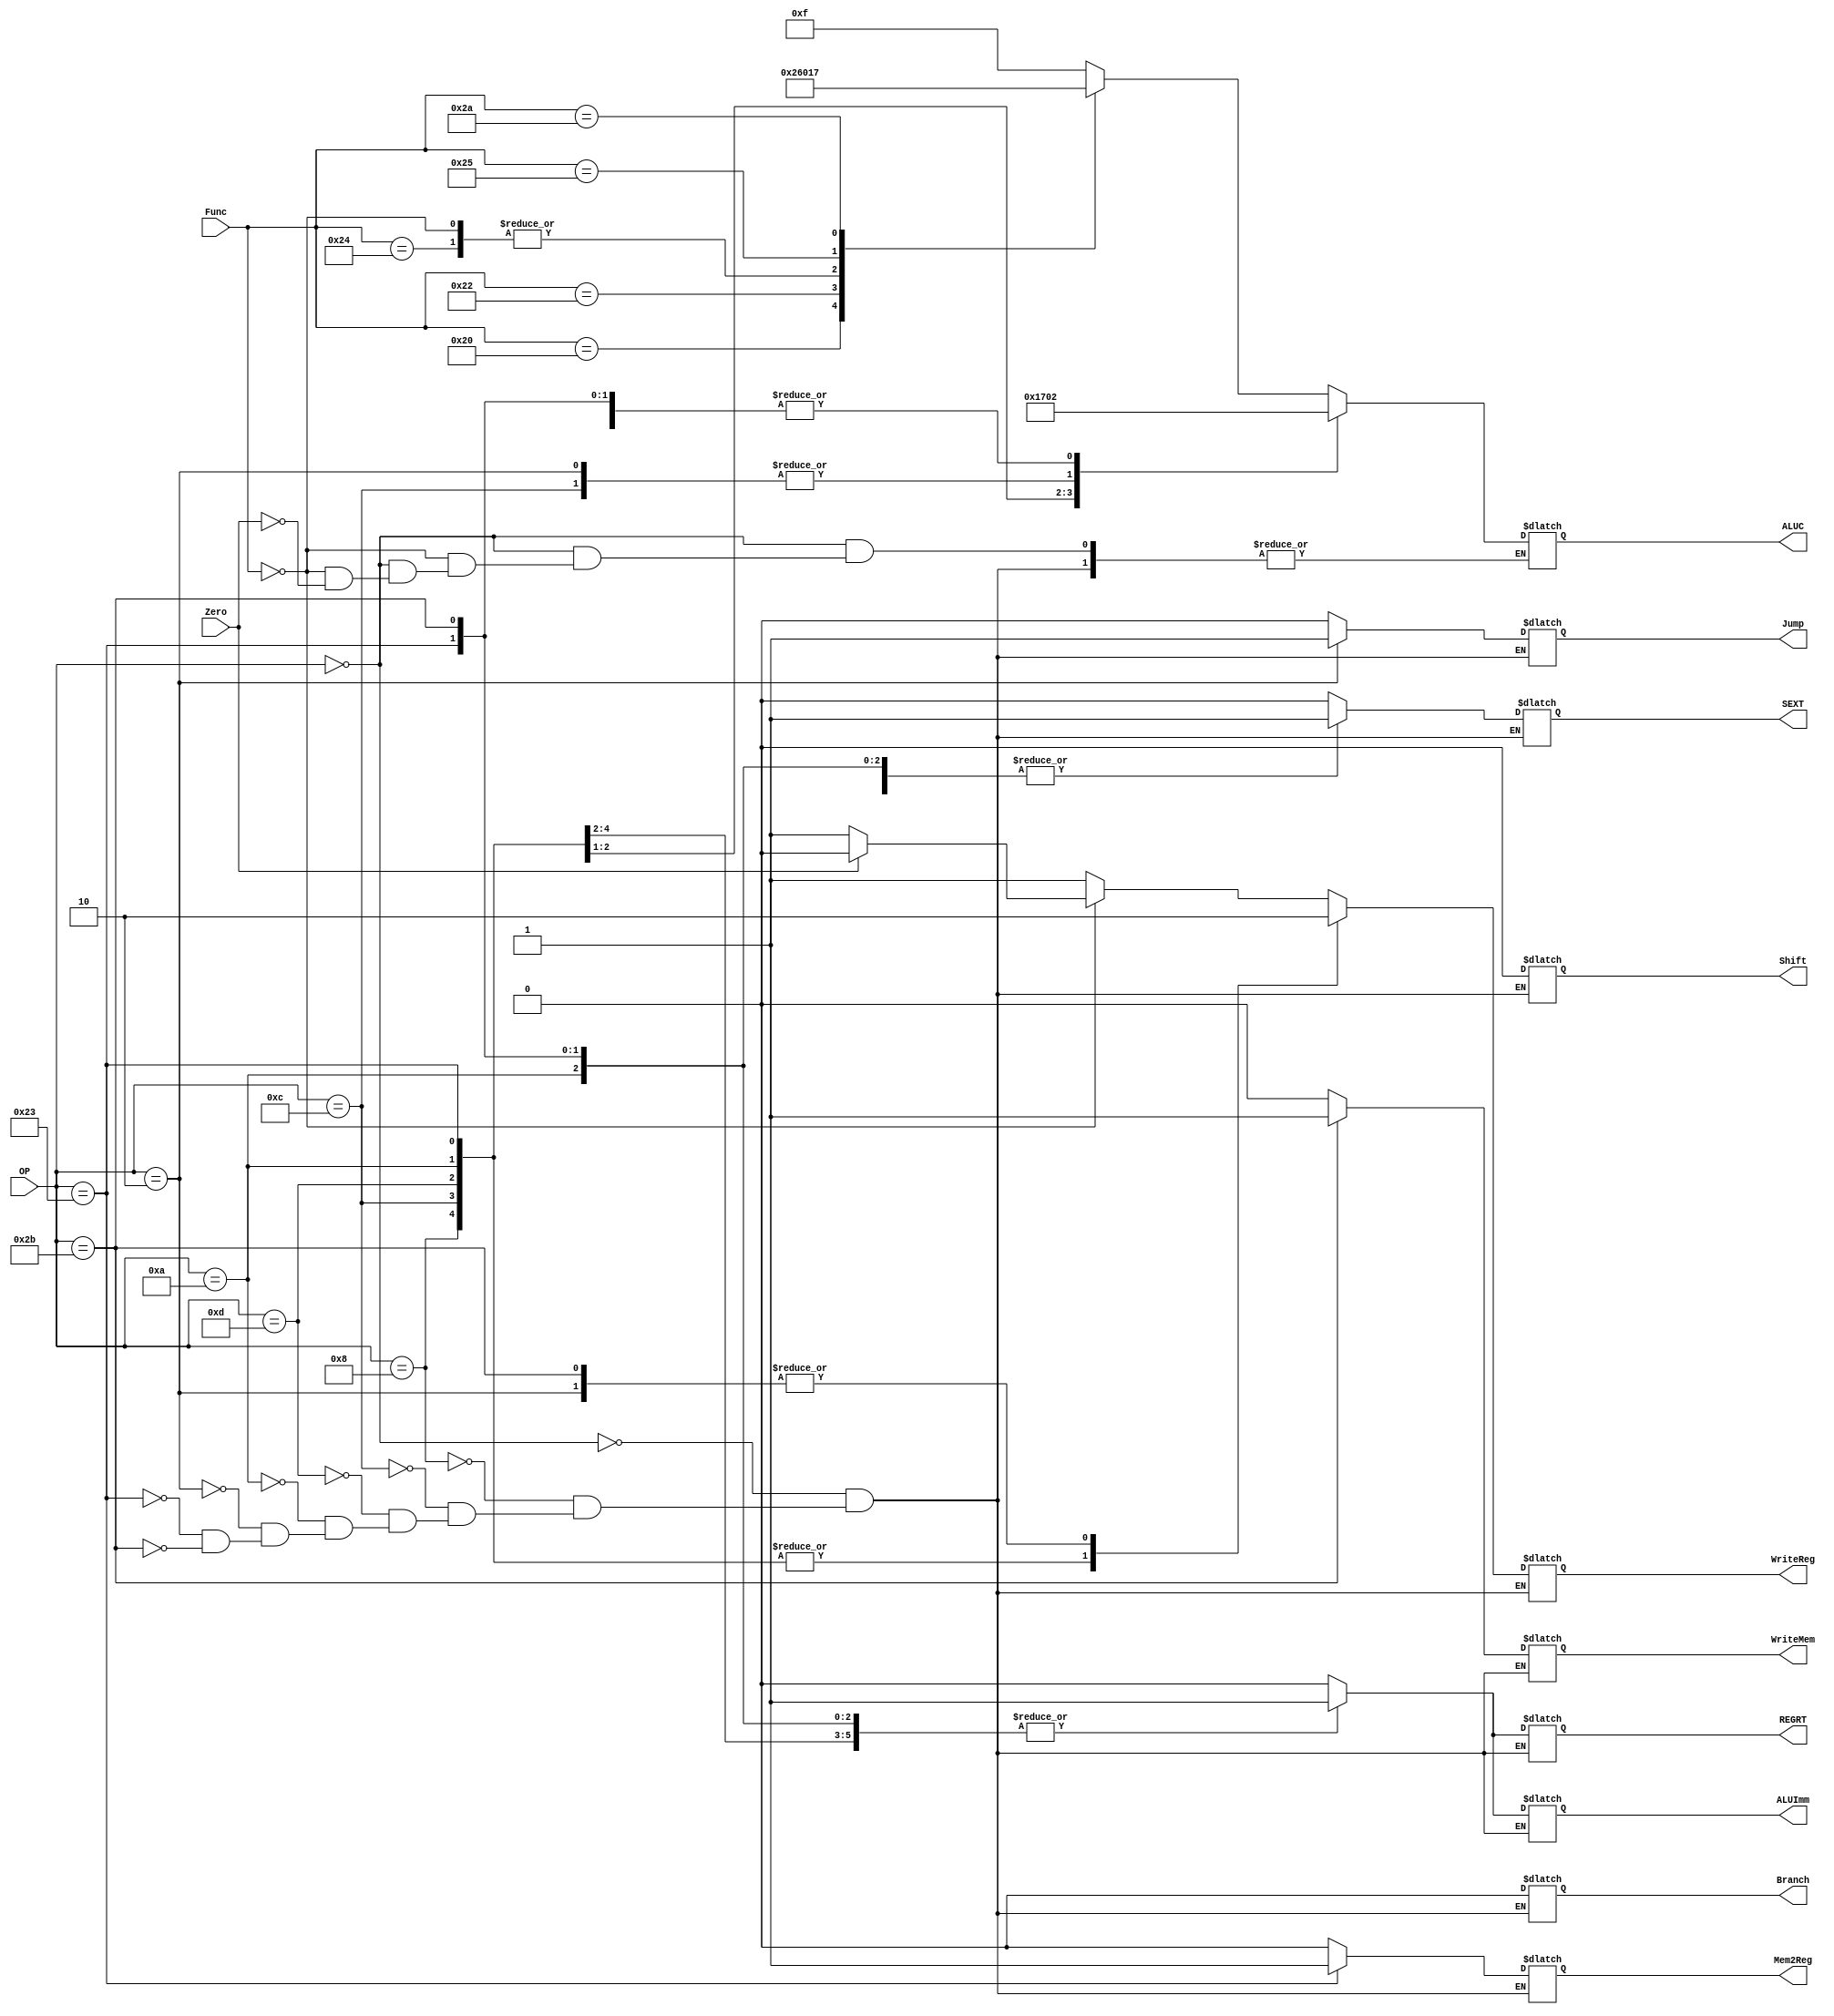
module ControlUnit (
  // inputs
  Zero, OP, Func,
  // outputs
  Jump, Branch,
  Mem2Reg, WriteMem, WriteReg,
  ALUC, Shift, ALUImm,
  REGRT, SEXT
);
  // SEXT    / 0
  // REGRT   rd / rt

  input Zero;
  input [5:0] OP;
  input [5:0] Func;

  output reg Jump, Branch;
  output reg Mem2Reg, WriteMem, WriteReg;
  output reg [3:0] ALUC;
  output reg Shift, ALUImm;

  output reg REGRT, SEXT;

  always @(*) begin
    case (OP)
      // R-type instruction (all have 0 for OP code)
      // Add, Sub, And, Or, Slt
      6'b000000: begin
        Jump      = 0;
        Branch    = 0;
        Mem2Reg   = 0;
        WriteMem  = 0;
        WriteReg  = 1;
        ALUImm    = 0;
        Shift     = 0;

        // Determined to be R-type instruction -> REGRT = 0
        REGRT = 0; // 0 means that result is written back to rd register
        SEXT  = 0;  // not used in R-type instructions but lets default it to 0 anyways
        case (Func)
          6'b000000: begin
            // NOP instruction
            // the whole command is filled with 0s (OP = 000000, Func = 000000)

            // 
            // if (/* condition that checks for NOP specifically */) begin
            //     // Ensure all control signals indicate no operation
            //     RegWrite = 0;
            //     MemWrite = 0;
            //     // ... set other control signals to NOP behavior ...
            // end else begin
            //     // It's a real 'sll' instruction, set control signals accordingly
            //     // ... 
            // end

            if(Zero == 1) begin
              // Ensure all control signals indicate no operation
              ALUC      = 0;

              REGRT     = 0;
              SEXT      = 0;

              Jump      = 0;
              Branch    = 0;
              Mem2Reg   = 0;
              WriteMem  = 0;
              WriteReg  = 0;
              ALUImm    = 0;
              Shift     = 0;
            end else begin
              // It's a real 'sll' instruction, set control signals accordingly
              // ... 
              // Implementation not required -> can implement later
            end
          end
          6'b100000: begin
            // add
            ALUC = 4'b0010;
          end
          6'b100010: begin
            // sub
            ALUC = 4'b0110;
          end
          6'b100100: begin
            // and
            ALUC = 4'b0000;
          end
          6'b100101: begin
            // or
            ALUC = 4'b0001;
          end
          6'b101010: begin
            // slt - set on less than
            ALUC = 4'b0111;
          end
          default: ALUC <= 15; //should not happen -> undefined or illegal operation
        endcase
      end
      // All non R-type instructions (I-type & J-type)
      // Addi
      6'b001000: begin
        ALUC      = 4'b0010;

        REGRT     = 1;   // I-type instruction
        SEXT      = 1;   // sign extend

        Jump      = 0;
        Branch    = 0;
        Mem2Reg   = 0;
        WriteMem  = 0;
        WriteReg  = 1;
        ALUImm    = 1;
        Shift     = 0;
      end
      // Andi - And immediate
      6'b001100: begin
        ALUC      = 4'b0000;

        REGRT     = 1;   // I-type instruction
        SEXT      = 0;   // zero extend

        Jump      = 0;
        Branch    = 0;
        Mem2Reg   = 0;
        WriteMem  = 0;
        WriteReg  = 1;
        ALUImm    = 1;
        Shift     = 0;
      end
      // Ori
      6'b001101: begin
        ALUC      = 4'b0001;

        REGRT     = 1; // I-type instruction
        SEXT      = 0;  // zero extend

        Jump      = 0;
        Branch    = 0;
        Mem2Reg   = 0;
        WriteMem  = 0;
        WriteReg  = 1;
        ALUImm    = 1;
        Shift     = 0;
      end
      // slti - set on less than immediate
      6'b001010: begin
        // comparison (7)
        ALUC      = 4'b0111;

        REGRT     = 1;     // I-type instruction
        SEXT      = 1;     // sign extend

        Jump      = 0;
        Branch    = 0;
        Mem2Reg   = 0;
        WriteMem  = 0;
        WriteReg  = 1;
        ALUImm    = 1;
        Shift     = 0;
      end
      // j - jump
      6'b000010: begin
        ALUC      = 0;   // the jump instruction does not use the ALU unit

        // Does not use REGRT or SEXT, but we can set them to
        // low for good practice maybe, instead of leaving them hanging around
        REGRT     = 0;
        SEXT      = 0;

        Jump      = 1;
        Branch    = 0;
        Mem2Reg   = 0;
        WriteMem  = 0;
        WriteReg  = 0;
        ALUImm    = 0;
        Shift     = 0;
      end
      // lw - load word
      6'b100011: begin
        ALUC      = 4'b0010;

        REGRT     = 1;   // I-type instruction
        SEXT      = 1;   // sign extend

        Jump      = 0;
        Branch    = 0;
        Mem2Reg   = 1;
        WriteMem  = 0;
        WriteReg  = 1;
        ALUImm    = 1;
        Shift     = 0;
      end
      // sw - store word
      6'b101011: begin
        ALUC      = 4'b0010;

        REGRT     = 1;   // I-type instruction
        SEXT      = 1;   // sign extend

        Jump      = 0;
        Branch    = 0;
        Mem2Reg   = 0;
        WriteMem  = 1;
        WriteReg  = 0;
        ALUImm    = 1;
        Shift     = 0;
      end
    endcase
  end
endmodule